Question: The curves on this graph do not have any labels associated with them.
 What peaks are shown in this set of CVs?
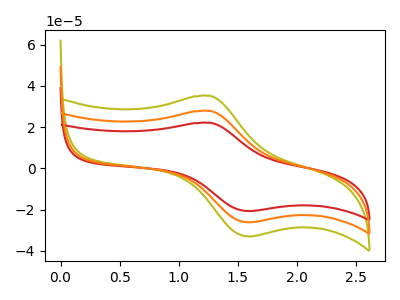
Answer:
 <answer>The olive curve "olive" has an anodic peak at (1.25V, 55.75uA) and a cathodic peak at (1.60V, -52.40uA). The red curve "red" has an anodic peak at (1.25V, 22.10uA) and a cathodic peak at (1.60V, -20.75uA). The orange curve "orange" has an anodic peak at (1.25V, 27.90uA) and a cathodic peak at (1.60V, -26.20uA).</answer>
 <eval></eval>